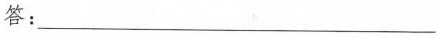
答：___